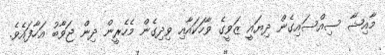
މާއިޝާ ސިއްސައިގެން ދިޔައީ ޒަވީގެ ވާހަކައާއި ވިދިގެން މެހެރީން ދިން ޖަވާބު އަހާފައެވެ.